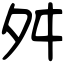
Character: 舛